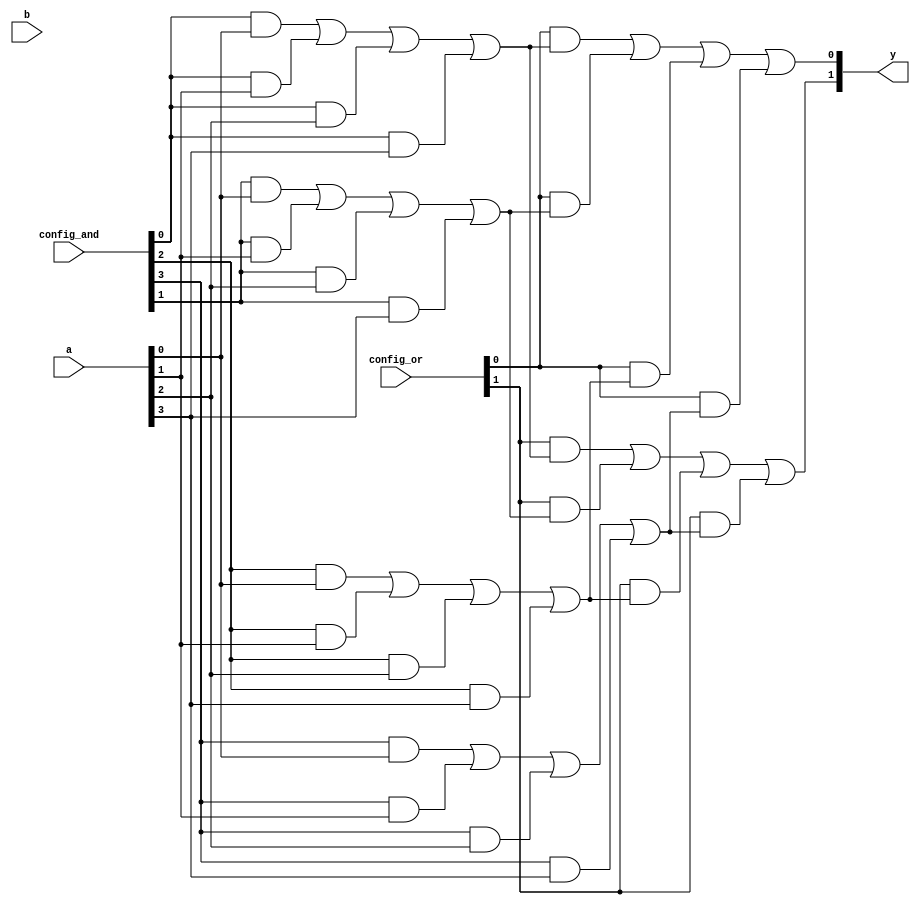
module CLB(
    input wire [N-1:0] a,           // N input signals
    input wire [M-1:0] b,           // M additional input signals (optional)
    input wire [P-1:0] config_and,  // Configuration for AND gates
    input wire [Q-1:0] config_or,   // Configuration for OR gates
    output wire [R-1:0] y           // R output signals
);

// Parameters
parameter N = 4;                  // Number of input signals
parameter M = 2;                  // Number of additional input signals
parameter P = 8;                  // Number of AND gates
parameter Q = 4;                  // Number of OR gates
parameter R = 2;                  // Number of output signals

// Internal signals
wire [P-1:0] and_out;            // Outputs from AND gates
wire [Q-1:0] or_out;             // Outputs from OR gates

// AND Plane
generate
    genvar i;
    for (i = 0; i < P; i = i + 1) begin: and_gates
        assign and_out[i] = (config_and[i] & a[0]) | (config_and[i] & a[1]) | 
                           (config_and[i] & a[2]) | (config_and[i] & a[3]);
    end
endgenerate

// OR Plane
generate
    genvar j;
    for (j = 0; j < R; j = j + 1) begin: or_gates
        assign y[j] = (config_or[j] & and_out[0]) | (config_or[j] & and_out[1]) | 
                      (config_or[j] & and_out[2]) | (config_or[j] & and_out[3]);
    end
endgenerate

endmodule